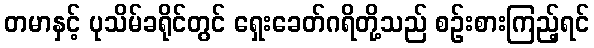
တမာနှင့် ပုသိမ်ခရိုင်တွင် ရှေးခေတ်ဂရိတို့သည် စဉ်းစားကြည့်ရင်